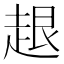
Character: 𧻠